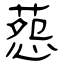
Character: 葾